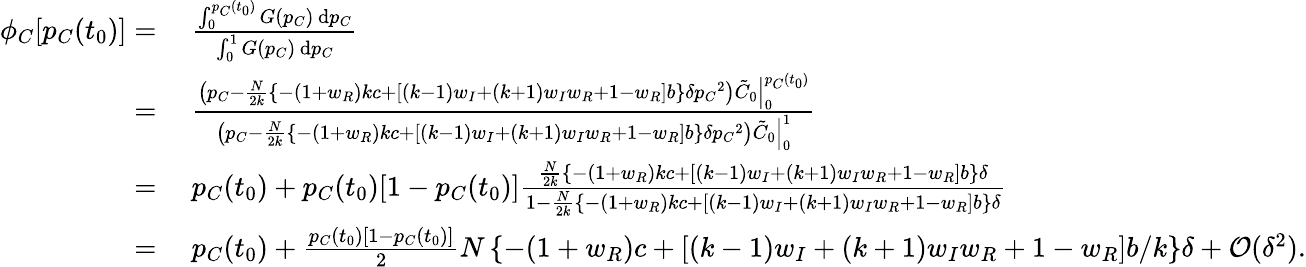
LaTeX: \begin{array}{rl}{\phi_{C}[p_{C}(t_{0})]=}&{~\frac{\int_{0}^{p_{C}(t_{0})}{G(p_{C})}\, \mathrm{d}p_{C}}{\int_{0}^{1}{G(p_{C})}\, \mathrm{d}p_{C}}}\\ {=}&{~\frac{\left.\left(p_{C}-\frac{N}{2k}\left\{ -(1+w_{R})kc+[(k-1)w_{I}+(k+1)w_{I}w_{R}+1-w_{R}]b\right\} \delta{p_{C}}^{2}\right)\tilde{C}_{0}\right|_{0}^{p_{C}(t_{0})}}{\left.\left(p_{C}-\frac{N}{2k}\left\{ -(1+w_{R})kc+[(k-1)w_{I}+(k+1)w_{I}w_{R}+1-w_{R}]b\right\} \delta{p_{C}}^{2}\right)\tilde{C}_{0}\right|_{0}^{1}}}\\ {=}&{~p_{C}(t_{0})+p_{C}(t_{0})[1-p_{C}(t_{0})]\frac{\frac{N}{2k}\left\{ -(1+w_{R})kc+[(k-1)w_{I}+(k+1)w_{I}w_{R}+1-w_{R}]b\right\} \delta}{1-\frac{N}{2k}\left\{ -(1+w_{R})kc+[(k-1)w_{I}+(k+1)w_{I}w_{R}+1-w_{R}]b\right\} \delta}}\\ {=}&{~p_{C}(t_{0})+\frac{p_{C}(t_{0})[1-p_{C}(t_{0})]}{2}N\left\{ -(1+w_{R})c+[(k-1)w_{I}+(k+1)w_{I}w_{R}+1-w_{R}]b/k\right\} \delta+\mathcal{O}(\delta^{2}).}\end{array}